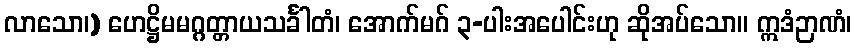
လာသော၊) ဟေဋ္ဌိမမဂ္ဂတ္တာယသင်္ခါတံ၊ အောက်မဂ် ၃-ပါးအပေါင်းဟု ဆိုအပ်သော။ ဣဒံဉာဏံ၊